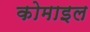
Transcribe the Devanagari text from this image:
कोमाइल